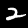
Label: 2